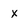
Character: X